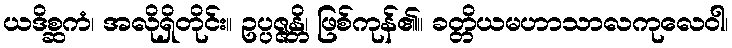
ယဒိစ္ဆကံ၊ အလိုရှိတိုင်း။ ဥပ္ပဇ္ဇန္တိ၊ ဖြစ်ကုန်၏။ ခတ္တိယမဟာသာလကုလေဝါ၊